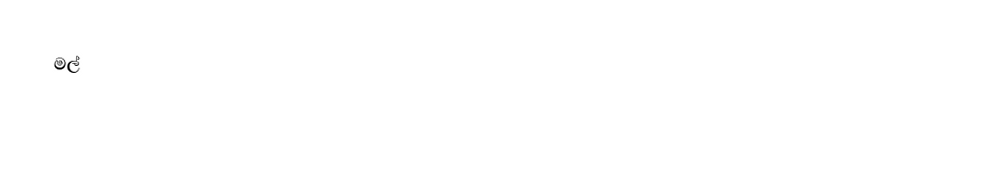
මල්